Treatise on elephants
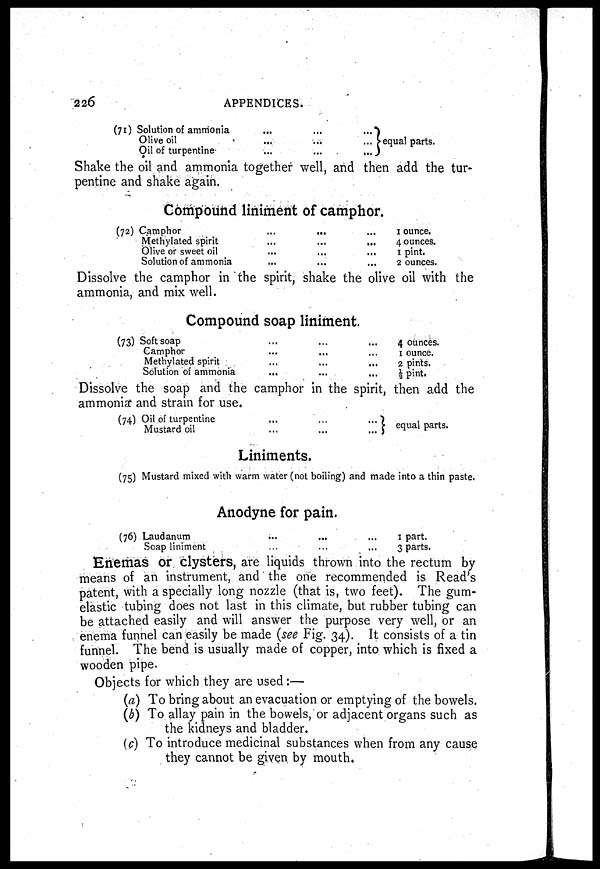
226
APPENDICES.
(71) Solution of ammonia...
... ...
Olive
oil...
... ...
Oil of turpentine-...
... ...
equal parts.
Shake the oil and ammonia together well, and then add the tur
pentine and shake again.
Compound liniment of camphor.
(72) Camphor
...
...
...
Methylated spirit ... ... ...
Olive or sweet oil
...
...
...
Solution of ammonia ... ... ...
1 ounce.
4 ounces.
1 pint.
2 ounces.
Dissolve the camphor in the spirit, shake the olive oil with the
ammonia, and mix well.
Compound soap liniment.
(73) Soft soap ... ... ...
Camphor ... ... ...
Methylated spirit ... ... ...
Solution of ammonia ... ... ...
4 ounces.
1 ounce.
2 pints.
⅓ pint.
Dissolve the soap and the camphor in the spirit, then add the
ammonia and strain for use.
(74) Oil of turpentine ... ... ...
Mustard oil ... ... ...
equal parts.
Liniments.
(75) Mustard mixed with warm water (not boiling) and made into a thin paste.
Anodyne for pain.
(76) Laudanum
...
...
...
Soap liniment
...
...
...
1 part.
3 parts.
Enemas or clysters, are liquids thrown into the rectum by
means of an instrument, and the one recommended is Read's
patent, with a specially long nozzle (that is, two feet). The gum-
elastic tubing does not last in this climate, but rubber tubing can
be attached easily and will answer the purpose very well, or an
enema funnel can easily be made (see Fig. 34). It consists of a tin
funnel. The bend is usually made of copper, into which is fixed a
wooden pipe.
Objects for which they are used:—
(a) To bring about an evacuation or emptying of the bowels.
(b) To allay pain in the bowels, or adjacent organs such as
the kidneys and bladder.
(c) To introduce medicinal substances when from any cause
they cannot be given by mouth.